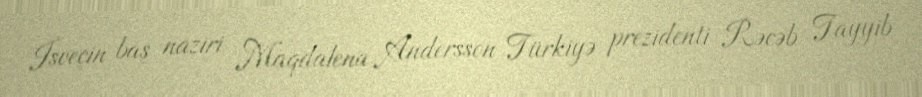
İsveçin baş naziri Maqdalena Andersson Türkiyə prezidenti Rəcəb Tayyib